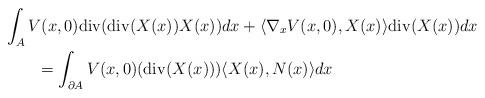
LaTeX: \begin{align*}\begin{aligned}&\int_{A} V(x,0)\mathrm{div}(\mathrm{div}(X(x))X(x))dx+\langle\nabla_{x} V(x,0),X(x)\rangle\mathrm{div}(X(x))dx\\&\qquad=\int_{\partial A}V(x,0)(\mathrm{div}(X(x)))\langle X(x),N(x)\rangle dx\end{aligned}\end{align*}